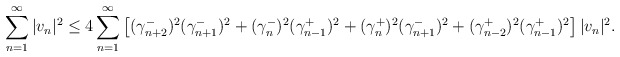
\begin{align*} \sum_{n=1}^\infty |v_n|^2 \le 4 \sum_{n=1}^\infty \left[ (\gamma_{n+2}^-)^2 (\gamma_{n+1}^-)^2 + (\gamma_n^-)^2 (\gamma_{n-1}^+)^2 + (\gamma_n^+)^2 (\gamma_{n+1}^-)^2 + (\gamma_{n-2}^+)^2 (\gamma_{n-1}^+)^2 \right] |v_n|^2. \end{align*}